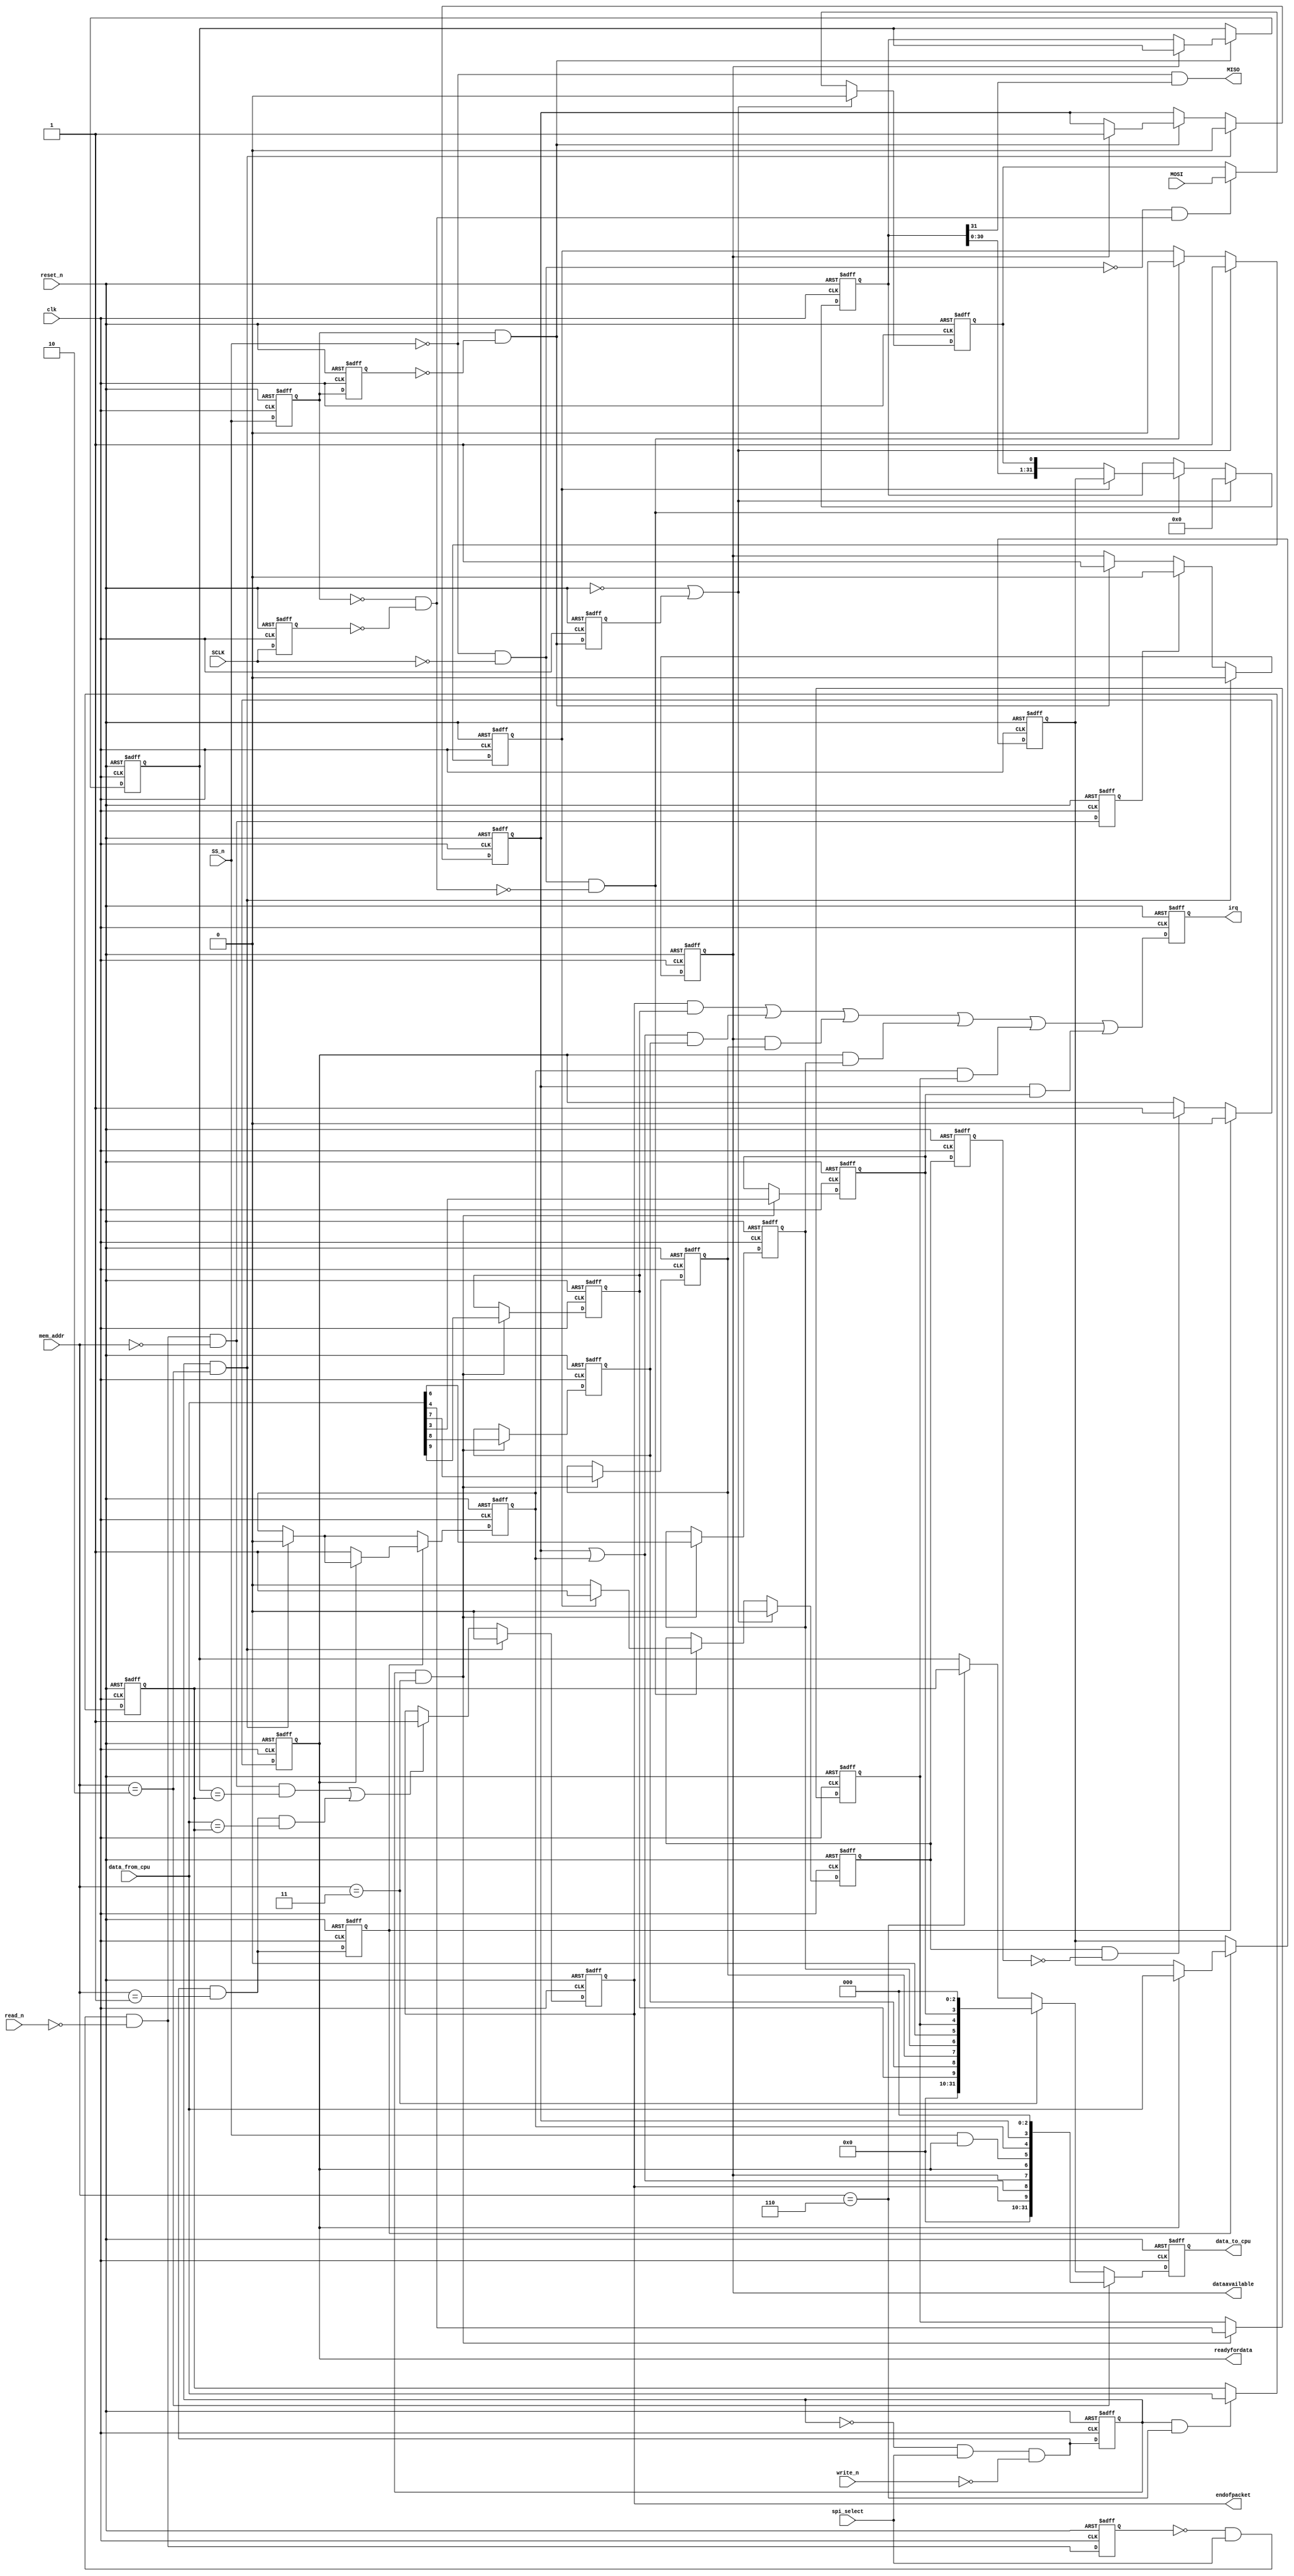
//Legal Notice: (C)2010 Altera Corporation. All rights reserved.  Your
//use of Altera Corporation's design tools, logic functions and other
//software and tools, and its AMPP partner logic functions, and any
//output files any of the foregoing (including device programming or
//simulation files), and any associated documentation or information are
//expressly subject to the terms and conditions of the Altera Program
//License Subscription Agreement or other applicable license agreement,
//including, without limitation, that your use is for the sole purpose
//of programming logic devices manufactured by Altera and sold by Altera
//or its authorized distributors.  Please refer to the applicable
//agreement for further details.

// synthesis translate_off
`timescale 1ns / 1ps
// synthesis translate_on

// turn off superfluous verilog processor warnings 
// altera message_level Level1 
// altera message_off 10034 10035 10036 10037 10230 10240 10030 

//Register map:
//addr      register      type
//0         read data     r
//1         write data    w
//2         status        r/w
//3         control       r/w
//6         end-of-packet-value r/w
//INPUT_CLOCK: 50000000
//ISMASTER: 0
//DATABITS: 32
//TARGETCLOCK: 128000
//NUMSLAVES: 1
//CPOL: 0
//CPHA: 0
//LSBFIRST: 0
//EXTRADELAY: 0
//TARGETSSDELAY: 0

module spi_1 (
               // inputs:
                MOSI,
                SCLK,
                SS_n,
                clk,
                data_from_cpu,
                mem_addr,
                read_n,
                reset_n,
                spi_select,
                write_n,

               // outputs:
                MISO,
                data_to_cpu,
                dataavailable,
                endofpacket,
                irq,
                readyfordata
             )
;

  output           MISO;
  output  [ 31: 0] data_to_cpu;
  output           dataavailable;
  output           endofpacket;
  output           irq;
  output           readyfordata;
  input            MOSI;
  input            SCLK;
  input            SS_n;
  input            clk;
  input   [ 31: 0] data_from_cpu;
  input   [  2: 0] mem_addr;
  input            read_n;
  input            reset_n;
  input            spi_select;
  input            write_n;

  wire             E;
  reg              EOP;
  wire             MISO;
  reg              MOSI_reg;
  reg              ROE;
  reg              RRDY;
  wire             TMT;
  reg              TOE;
  reg              TRDY;
  wire             control_wr_strobe;
  reg              d1_tx_holding_emptied;
  reg              data_rd_strobe;
  reg     [ 31: 0] data_to_cpu;
  reg              data_wr_strobe;
  wire             dataavailable;
  wire             ds1_SCLK;
  wire             ds1_SS_n;
  reg              ds2_SCLK;
  reg              ds2_SS_n;
  reg              ds3_SS_n;
  wire             ds_MOSI;
  wire             endofpacket;
  reg     [ 31: 0] endofpacketvalue_reg;
  wire             endofpacketvalue_wr_strobe;
  wire             forced_shift;
  reg              iEOP_reg;
  reg              iE_reg;
  reg              iROE_reg;
  reg              iRRDY_reg;
  reg              iTMT_reg;
  reg              iTOE_reg;
  reg              iTRDY_reg;
  wire             irq;
  reg              irq_reg;
  wire             p1_data_rd_strobe;
  wire    [ 31: 0] p1_data_to_cpu;
  wire             p1_data_wr_strobe;
  wire             p1_rd_strobe;
  wire             p1_wr_strobe;
  reg              rd_strobe;
  wire             readyfordata;
  wire             resetShiftSample;
  reg     [ 31: 0] rx_holding_reg;
  wire             sample_clock;
  reg              shiftStateZero;
  wire             shift_clock;
  reg     [ 31: 0] shift_reg;
  wire    [ 10: 0] spi_control;
  wire    [ 10: 0] spi_status;
  reg     [  5: 0] state;
  wire             status_wr_strobe;
  reg              transactionEnded;
  reg              tx_holding_emptied;
  reg     [ 31: 0] tx_holding_reg;
  reg              wr_strobe;
  //spi_control_port, which is an e_avalon_slave
  assign p1_rd_strobe = ~rd_strobe & spi_select & ~read_n;
  // Read is a two-cycle event.
  always @(posedge clk or negedge reset_n)
    begin
      if (reset_n == 0)
          rd_strobe <= 0;
      else 
        rd_strobe <= p1_rd_strobe;
    end


  assign p1_data_rd_strobe = p1_rd_strobe & (mem_addr == 0);
  always @(posedge clk or negedge reset_n)
    begin
      if (reset_n == 0)
          data_rd_strobe <= 0;
      else 
        data_rd_strobe <= p1_data_rd_strobe;
    end


  assign p1_wr_strobe = ~wr_strobe & spi_select & ~write_n;
  // Write is a two-cycle event.
  always @(posedge clk or negedge reset_n)
    begin
      if (reset_n == 0)
          wr_strobe <= 0;
      else 
        wr_strobe <= p1_wr_strobe;
    end


  assign p1_data_wr_strobe = p1_wr_strobe & (mem_addr == 1);
  always @(posedge clk or negedge reset_n)
    begin
      if (reset_n == 0)
          data_wr_strobe <= 0;
      else 
        data_wr_strobe <= p1_data_wr_strobe;
    end


  assign control_wr_strobe = wr_strobe & (mem_addr == 3);
  assign status_wr_strobe = wr_strobe & (mem_addr == 2);
  assign endofpacketvalue_wr_strobe = wr_strobe & (mem_addr == 6);
  assign TMT = SS_n & TRDY;
  assign E = ROE | TOE;
  assign spi_status = {EOP, E, RRDY, TRDY, TMT, TOE, ROE, 3'b0};
  // Streaming data ready for pickup.
  assign dataavailable = RRDY;

  // Ready to accept streaming data.
  assign readyfordata = TRDY;

  // Endofpacket condition detected.
  assign endofpacket = EOP;

  always @(posedge clk or negedge reset_n)
    begin
      if (reset_n == 0)
        begin
          iEOP_reg <= 0;
          iE_reg <= 0;
          iRRDY_reg <= 0;
          iTRDY_reg <= 0;
          iTMT_reg <= 0;
          iTOE_reg <= 0;
          iROE_reg <= 0;
        end
      else if (control_wr_strobe)
        begin
          iEOP_reg <= data_from_cpu[9];
          iE_reg <= data_from_cpu[8];
          iRRDY_reg <= data_from_cpu[7];
          iTRDY_reg <= data_from_cpu[6];
          iTMT_reg <= data_from_cpu[5];
          iTOE_reg <= data_from_cpu[4];
          iROE_reg <= data_from_cpu[3];
        end
    end


  assign spi_control = {iEOP_reg, iE_reg, iRRDY_reg, iTRDY_reg, 1'b0, iTOE_reg, iROE_reg, 3'b0};
  // IRQ output.
  always @(posedge clk or negedge reset_n)
    begin
      if (reset_n == 0)
          irq_reg <= 0;
      else 
        irq_reg <= (EOP & iEOP_reg) | ((TOE | ROE) & iE_reg) | (RRDY & iRRDY_reg) | (TRDY & iTRDY_reg) | (TOE & iTOE_reg) | (ROE & iROE_reg);
    end


  assign irq = irq_reg;
  // End-of-packet value register.
  always @(posedge clk or negedge reset_n)
    begin
      if (reset_n == 0)
          endofpacketvalue_reg <= 0;
      else if (endofpacketvalue_wr_strobe)
          endofpacketvalue_reg <= data_from_cpu;
    end


  assign p1_data_to_cpu = ((mem_addr == 2))? spi_status :
    ((mem_addr == 3))? spi_control :
    ((mem_addr == 6))? endofpacketvalue_reg :
    rx_holding_reg;

  always @(posedge clk or negedge reset_n)
    begin
      if (reset_n == 0)
          data_to_cpu <= 0;
      else 
        // Data to cpu.
        data_to_cpu <= p1_data_to_cpu;

    end


  assign forced_shift = ds2_SS_n & ~ds3_SS_n;
  assign ds1_SS_n = SS_n;
  // System clock domain events.
  always @(posedge clk or negedge reset_n)
    begin
      if (reset_n == 0)
        begin
          ds2_SS_n <= 1;
          ds3_SS_n <= 1;
          transactionEnded <= 0;
          EOP <= 0;
          RRDY <= 0;
          TRDY <= 1;
          TOE <= 0;
          ROE <= 0;
          tx_holding_reg <= 0;
          rx_holding_reg <= 0;
          d1_tx_holding_emptied <= 0;
        end
      else 
        begin
          ds2_SS_n <= ds1_SS_n;
          ds3_SS_n <= ds2_SS_n;
          transactionEnded <= forced_shift;
          d1_tx_holding_emptied <= tx_holding_emptied;
          if (tx_holding_emptied & ~d1_tx_holding_emptied)
              TRDY <= 1;
          // EOP must be updated by the last (2nd) cycle of access.
          if ((p1_data_rd_strobe && (rx_holding_reg == endofpacketvalue_reg)) || (p1_data_wr_strobe && (data_from_cpu == endofpacketvalue_reg)))
              EOP <= 1;
          if (forced_shift)
            begin
              if (RRDY)
                  ROE <= 1;
              else 
                rx_holding_reg <= shift_reg;
              RRDY <= 1;
            end
          // On data read, clear the RRDY bit. 
          if (data_rd_strobe)
              RRDY <= 0;
          // On status write, clear all status bits (ignore the data).
          if (status_wr_strobe)
            begin
              EOP <= 0;
              RRDY <= 0;
              ROE <= 0;
              TOE <= 0;
            end
          // On data write, load the transmit holding register and prepare to execute.
          //Safety feature: if tx_holding_reg is already occupied, ignore this write, and generate
          //the write-overrun error.
          if (data_wr_strobe)
            begin
              if (TRDY)
                  tx_holding_reg <= data_from_cpu;
              if (~TRDY)
                  TOE <= 1;
              TRDY <= 0;
            end
        end
    end


  assign resetShiftSample = ~reset_n | transactionEnded;
  assign MISO = ~SS_n & shift_reg[31];
  assign ds1_SCLK = SCLK;
  always @(posedge clk or negedge reset_n)
    begin
      if (reset_n == 0)
          ds2_SCLK <= 0;
      else 
        ds2_SCLK <= ds1_SCLK;
    end


  assign shift_clock = ((~ds1_SS_n & ~ds1_SCLK)) & ~((~ds2_SS_n & ~ds2_SCLK));
  assign sample_clock = (~(~ds1_SS_n & ~ds1_SCLK)) & ~(~(~ds2_SS_n & ~ds2_SCLK));
  always @(posedge clk or negedge reset_n)
    begin
      if (reset_n == 0)
          state <= 0;
      else 
        state <= resetShiftSample ? 0 : (sample_clock & (state != 32)) ? (state + 1) : state;
    end


  assign ds_MOSI = MOSI;
  always @(posedge clk or negedge reset_n)
    begin
      if (reset_n == 0)
          MOSI_reg <= 0;
      else 
        MOSI_reg <= resetShiftSample ? 0 : sample_clock ? ds_MOSI : MOSI_reg;
    end


  always @(posedge clk or negedge reset_n)
    begin
      if (reset_n == 0)
          shift_reg <= 0;
      else 
        shift_reg <= resetShiftSample ? 0 : shift_clock ? (shiftStateZero ? tx_holding_reg : {shift_reg[30 : 0], MOSI_reg}) : shift_reg;
    end


  always @(posedge clk or negedge reset_n)
    begin
      if (reset_n == 0)
          shiftStateZero <= 1;
      else 
        shiftStateZero <= resetShiftSample ? 1 : shift_clock? 0 : shiftStateZero;
    end


  always @(posedge clk or negedge reset_n)
    begin
      if (reset_n == 0)
          tx_holding_emptied <= 0;
      else 
        tx_holding_emptied <= resetShiftSample ? 0 : shift_clock ? (shiftStateZero ? 1 : 0) : tx_holding_emptied;
    end



endmodule